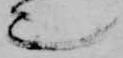
也